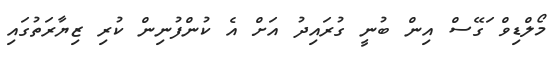
މޯލްޑިވް ަގޭސް އިން ބުނީ ގުރައިދު އަށް އެ ކުންފުނިން ކުރި ޒިޔާރަތުގައި